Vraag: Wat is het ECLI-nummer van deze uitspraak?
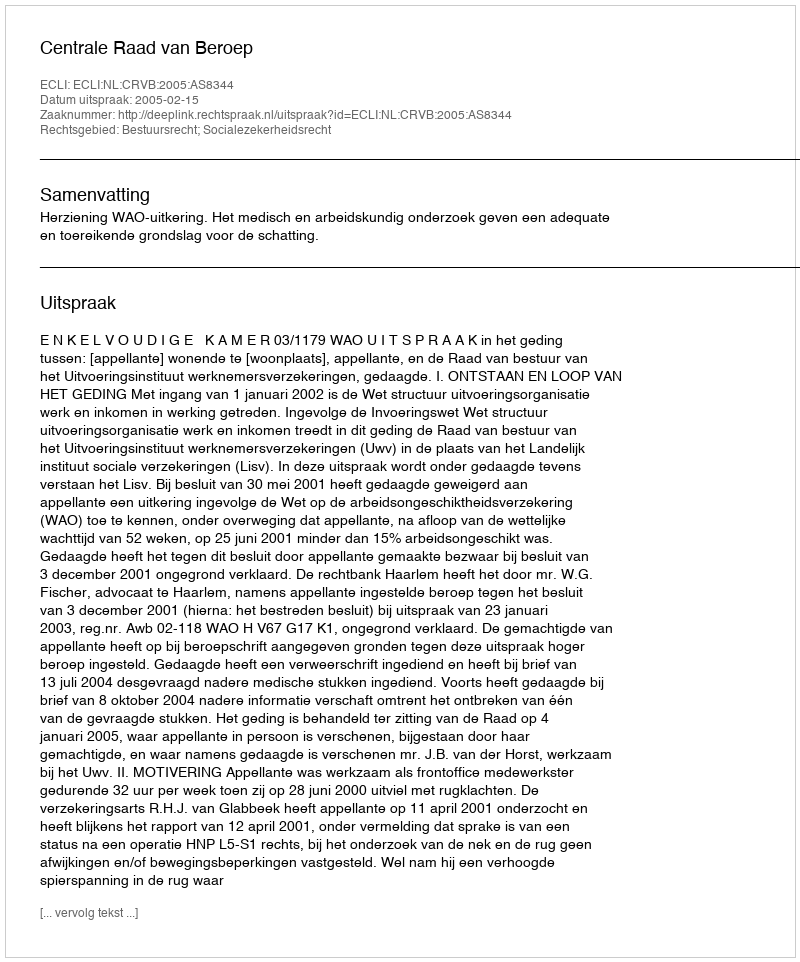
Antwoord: ECLI:NL:CRVB:2005:AS8344